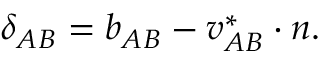
\begin{array} { r } { \delta _ { A B } = b _ { A B } - { \boldsymbol { v } } _ { A B } ^ { * } \cdot { \boldsymbol { n } } . } \end{array}